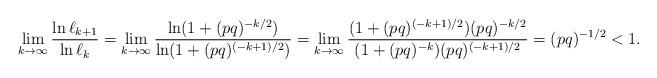
LaTeX: \begin{align*}\lim\limits_{k\rightarrow\infty}\frac{\ln\ell_{k+1}}{\ln\ell_k}=\lim\limits_{k\rightarrow\infty}\frac{\ln(1+(pq)^{-k/2})}{\ln(1+(pq)^{(-k+1)/2})}=\lim\limits_{k\rightarrow\infty}\frac{(1+(pq)^{(-k+1)/2})(pq)^{-k/2}}{(1+(pq)^{-k})(pq)^{(-k+1)/2}}=(pq)^{-1/2}<1.\end{align*}